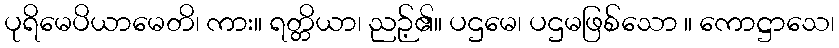
ပုရိမေပိယာမေတိ၊ ကား။ ရတ္တိယာ၊ ညဉ့်၏။ ပဌမေ၊ ပဌမဖြစ်သော ။ ကောဋ္ဌာသေ၊